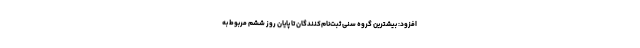
افزود: بیشترین گروه سنی ثبت‌نام‌کنندگان تا پایان روز ششم مربوط به